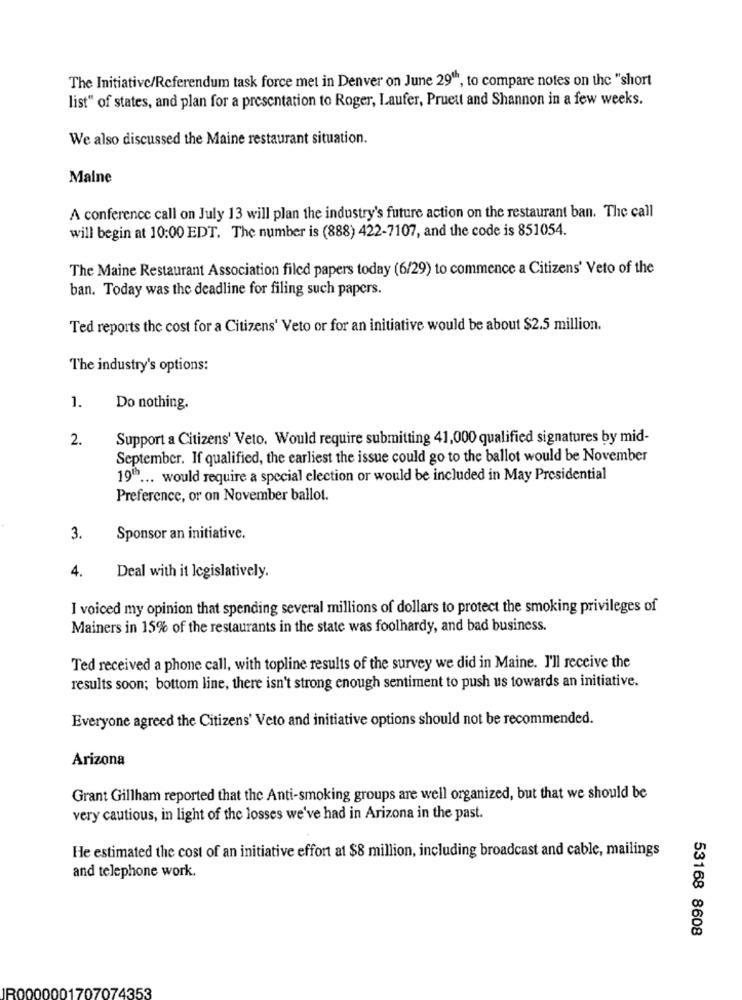
The Initiative/Referendum task force met in Denver on June 29", to compare notes on the "short
list" of states, and plan for a presentation to Roger, Laufer, Pruett and Shannon in a few weeks.
We also discussed the Maine restaurant situation.
Maine
A conference call on July 13 will plan the industry's future action on the restaurant ban. The call
will begin at 10:00 EDT. The number is (888) 422-7107, and the code is 851054.
The Maine Restaurant Association filed papers today (6/29) to commence a Citizens' Veto of the
ban. Today was the deadline for filing such papers.
Ted reports the cost for a Citizens' Veto or for an initiative would be about $2.5 million.
The industry's options:
1.
Do nothing.
2.
Support a Citizens' Veto. Would require submitting 41,000 qualified signatures by mid-
September. If qualified, the earliest the issue could go to the ballot would be November
19" ... would require a special election or would be included in May Presidential
Preference, or on November ballot.
3.
Sponsor an initiative.
4.
Deal with it legislatively.
I voiced my opinion that spending several millions of dollars to protect the smoking privileges of
Mainers in 15% of the restaurants in the state was foolhardy, and bad business.
Ted received a phone call, with topline results of the survey we did in Maine. I'll receive the
results soon; bottom line, there isn't strong enough sentiment to push us towards an initiative.
Everyone agreed the Citizens' Veto and initiative options should not be recommended.
Arizona
Grant Gillham reported that the Anti-smoking groups are well organized, but that we should be
very cautious, in light of the losses we've had in Arizona in the past.
He estimated the cost of an initiative effort at $8 million, including broadcast and cable, mailings
and telephone work.
53168 8608
IR0000001707074353